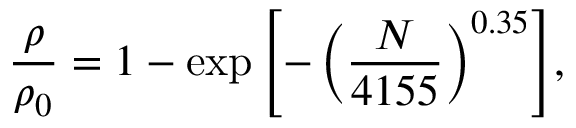
\frac { \rho } { \rho _ { 0 } } = 1 - \exp { \left[ - \left( \frac { N } { 4 1 5 5 } \right) ^ { 0 . 3 5 } \right] } ,